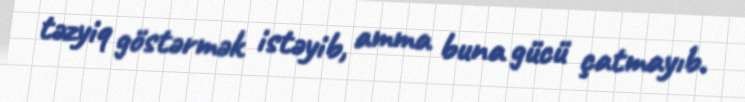
təzyiq göstərmək istəyib, amma buna gücü çatmayıb.